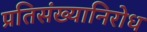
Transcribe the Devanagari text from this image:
प्रतिसंख्यानिरोध